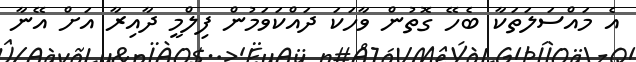
އެ މައްސަލަތަކާ ބެހޭ ގޮތުން ވާހަކަ ދައްކަވަމުން ފިލްމީ ދާއިރާ އަށް އޭނާ